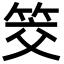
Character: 筊